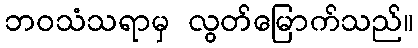
ဘဝသံသရာမှ လွတ်မြောက်သည်။